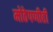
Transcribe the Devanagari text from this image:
मोठेपणीही